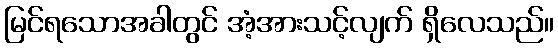
မြင်ရသောအခါတွင် အံ့အားသင့်လျက် ရှိလေသည်။